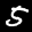
Label: 5